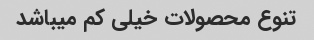
تنوع محصولات خیلی کم میباشد